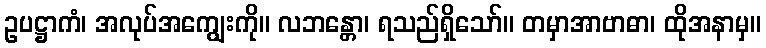
ဥပဋ္ဌာကံ၊ အလုပ်အကျွေးကို။ လဘန္တော၊ ရသည်ရှိသော်။ တမှာအာဗာဓာ၊ ထိုအနာမှ။